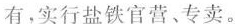
有，实行盐铁官营、专卖。